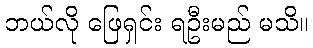
ဘယ်လို ဖြေရှင်း ရဦးမည် မသိ။